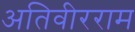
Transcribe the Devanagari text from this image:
अतिवीरराम